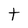
Character: t